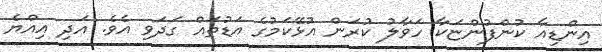
އިންޑިއާ ކުންފުންޏަކާ ހަވާލު ކުރަން އުޅޭކަމުގެ އަޑުތައް ގަދަވި އެވެ. އަދި އިއްޔެ